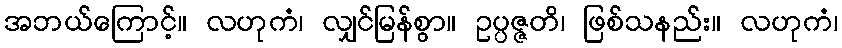
အဘယ်ကြောင့်။ လဟုကံ၊ လျှင်မြန်စွာ။ ဥပ္ပဇ္ဇတိ၊ ဖြစ်သနည်း။ လဟုကံ၊